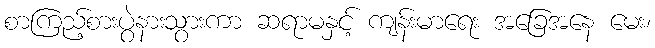
စာကြည့်စားပွဲနားသွားကာ ဆရာမနှင့် ကျန်းမာရေး အခြေအနေ မေး၊